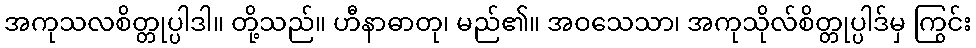
အကုသလစိတ္တုပ္ပါဒါ။ တို့သည်။ ဟီနာဓာတု၊ မည်၏။ အဝသေသာ၊ အကုသိုလ်စိတ္တုပ္ပါဒ်မှ ကြွင်း